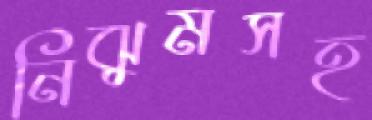
নিঝুমসহ